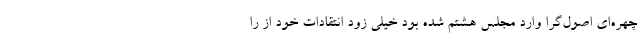
چهره‌ای اصول‌گرا وارد مجلس هشتم شده بود خیلی زود انتقادات خود از را